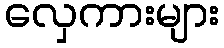
လှေကားများ